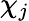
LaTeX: \chi_{j}